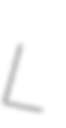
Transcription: L